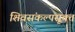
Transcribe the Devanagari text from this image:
शिवसंकल्पसूक्त